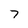
Character: 7